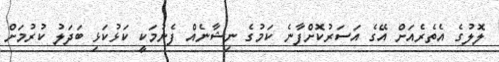
ލޮލުގެ އެތެރެއަށް އޭގެ އަސަރުކޮށްފާނެ ކަމުގެ ނިޝާނެއް ފެނުމަކީ ކަޅުކަޅި ބަދަލު ކުރުމަށް